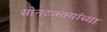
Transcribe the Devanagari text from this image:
सोनटक्क्यांच्या